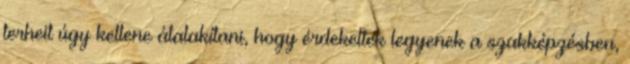
terheit úgy kellene átalakítani, hogy érdekeltek legyenek a szakképzésben,